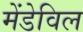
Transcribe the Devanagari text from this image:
मेंडेविल